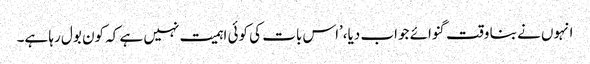
انہوں نے بنا وقت گنوائے جواب دیا،’اس بات کی کوئی اہمیت نہیں ہے کہ کون بول رہا ہے۔